King Institute of Preventive Medicine Bacteriolog. Section reports 1907-08
Year: 1907
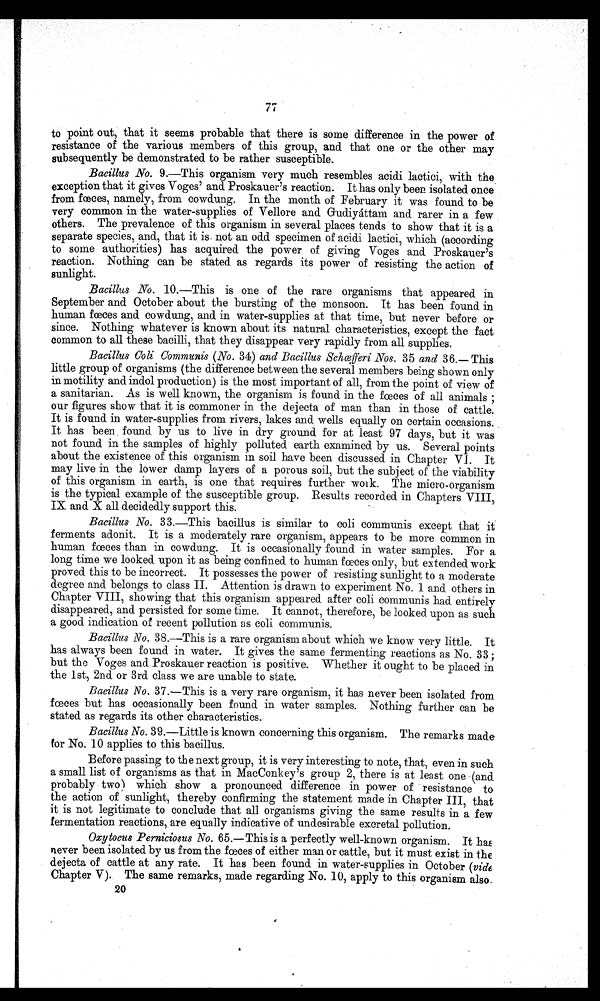
77
to point out, that it seems probable that there is some difference in the power of
resistance of the various members of this group, and that one or the other may
subsequently be demonstrated to be rather susceptible.
Bacillus No . 9.—This organism very much resembles acidi lactici, with the
exception that it gives Voges' and Proskauer's reaction. It has only been isolated once
from fœ ces, namely, from cowdung. In the month of February it was found to be
very common in the water-supplies of Vellore and Gudiyáttam and rarer in a few
others. The prevalence of this organism in several places tends to show that it is a
separate species, and, that it is not an odd specimen of acidi lactici, which (according
to some authorities) has acquired. the power of giving Voges and Froskauer's
reaction. Nothing can be stated. as regards its power of resisting the action of
sunlight.
Bacillus No . 10.—This is one of the rare organisms that appeared in
September and October about the bursting of the monsoon. It has been found in
human fœeces and cowdung, and in water-supplies at that time, but never before or
since. Nothing whatever is known about its natural characteristics, except the fact
common to all these bacilli, that they disappear very rapidly from all supplies.
Bacillus Colic Gommunis( N o
. 3 4 )
a n d B a c i l l u s S c h œ f f e r i N o s.
3 5
a n d
3 6 . — T h i s
little group of organisms (the difference between the several members being shown only
in motility and indol production) is the most important of all, from the point of view of
a sanitarian. As is well known, the organism is found. in the fœces of all animals
our figures show that it is commoner in the dejecta of man than in those of cattle.
It is found in water-supplies from rivers, lakes and wells equally on certain occasions.
It has been. found by us to live in dry ground for at least 97 days, but it was
not found in the samples of highly polluted earth examined by us. Several points
about the existence of this organism in soil have been discussed in Chapter VI. It
may live in the lower damp layers of a porous soil, but the subject of the viability
of this organism in earth, is one that requires further work. The micro-organism
is the typical example of the susceptible group. Results recorded. in Chapters VIII,
IX and X all decidedly support this.
Bacillus No . 33.—This bacillus is similar to colic communes except that it
ferments adonit. It is a moderately rare organism, appears to be more common in
human fœces than in cowdung. It is occasionally found in water samples. For a
long time we looked upon it as being confined to human fœces only, but extended work
proved. this to be incorrect. It possesses the power of resisting sunlight to a moderate
degree and belongs to class II. Attention is drawn to experiment No. 1 and others in
Chapter VIII, showing that this organism appeared after colic communis had entirely
disappeared, and persisted for some time. It cannot, therefore, be looked upon as such
a good. indication of recent pollution as colic communis.
Bacillus No . 38.—This is a rare organism about which we know very little. It
has always been found. in water. It gives the same fermenting reactions as No. 33 ;
but the Voges and Proskauer reaction is positive. Whether it ought to be placed in
the 1st, 2nd or 3rd class we are unable to state.
Bacillus No. 37.—This is a very rare organism, it has never been isolated from
fœeces but has occasionally been found in water samples. Nothing further can be
stated as regards its other characteristics.
Bacillus No . 39.—Little is known concerning this organism. The remarks made
for No. 10 applies to this bacillus.
Before passing to the next group, it is very interesting to note, that, even in such
a small list of organisms as that in MacConkey's group 2, there is at least one (and
probably two) which show a pronounced difference in power of resistance to
the action of sunlight, thereby confirming the statement made in Chapter III, that
it is not legitimate to conclude that all organisms giving the same results in a few
fermentation reactions, are equally indicative of undesirable excretal pollution.
Oxytocus Ferniciosus No . 65.—This is a perfectly well-known organism. It has
never been isolated by us from the fœces of either man or cattle, but it must exist in the
dejecta of cattle at any rate. It has been found in water-supplies in October (vide
Chapter V). The same remarks, made regarding No. 10, apply to this organism also.
20